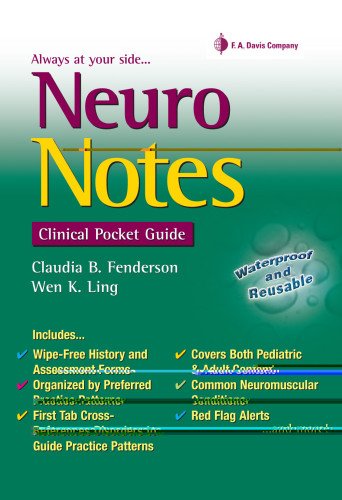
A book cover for Neuro Notes: Clinical Pocket Guide; Claudia Fenderson PT  EdD  PCS; Medical Books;